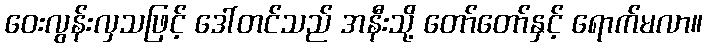
ဝေးလွန်းလှသဖြင့် ဒေါ်တင်သည် အနီးသို့ တော်တော်နှင့် ရောက်မလာ။